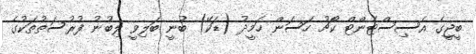
ބީޖީގެ އެސިސްޓެންޓް ކޯޗު ހަސަން ހަމީދު (ޑަކޭ) ބުނީ ބަލިވީ ލިބުނު ފުރުސަތުތަކުގެ